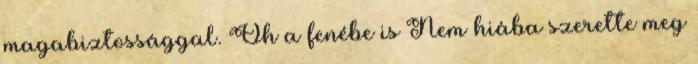
magabiztossággal. Oh a fenébe is Nem hiába szerette meg